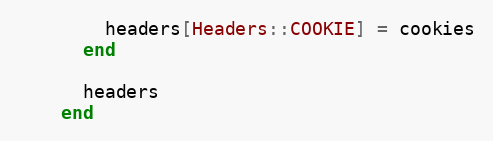
Language: Ruby
        headers[Headers::COOKIE] = cookies
      end

      headers
    end